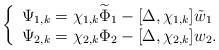
LaTeX: \begin{align*}\left\{\begin{array}{l}\Psi_{1,k}=\chi_{1,k}\widetilde{\Phi}_{1}-[\Delta,\chi_{1,k}]\tilde{w}_{1}\\\Psi_{2,k}=\chi_{2,k}\Phi_{2}-[\Delta,\chi_{2,k}]w_{2}.\end{array}\right.\end{align*}